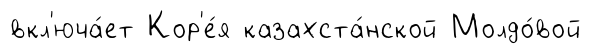
вкл'юча́ет Кор'е́я казахста́нской Молдо́вой